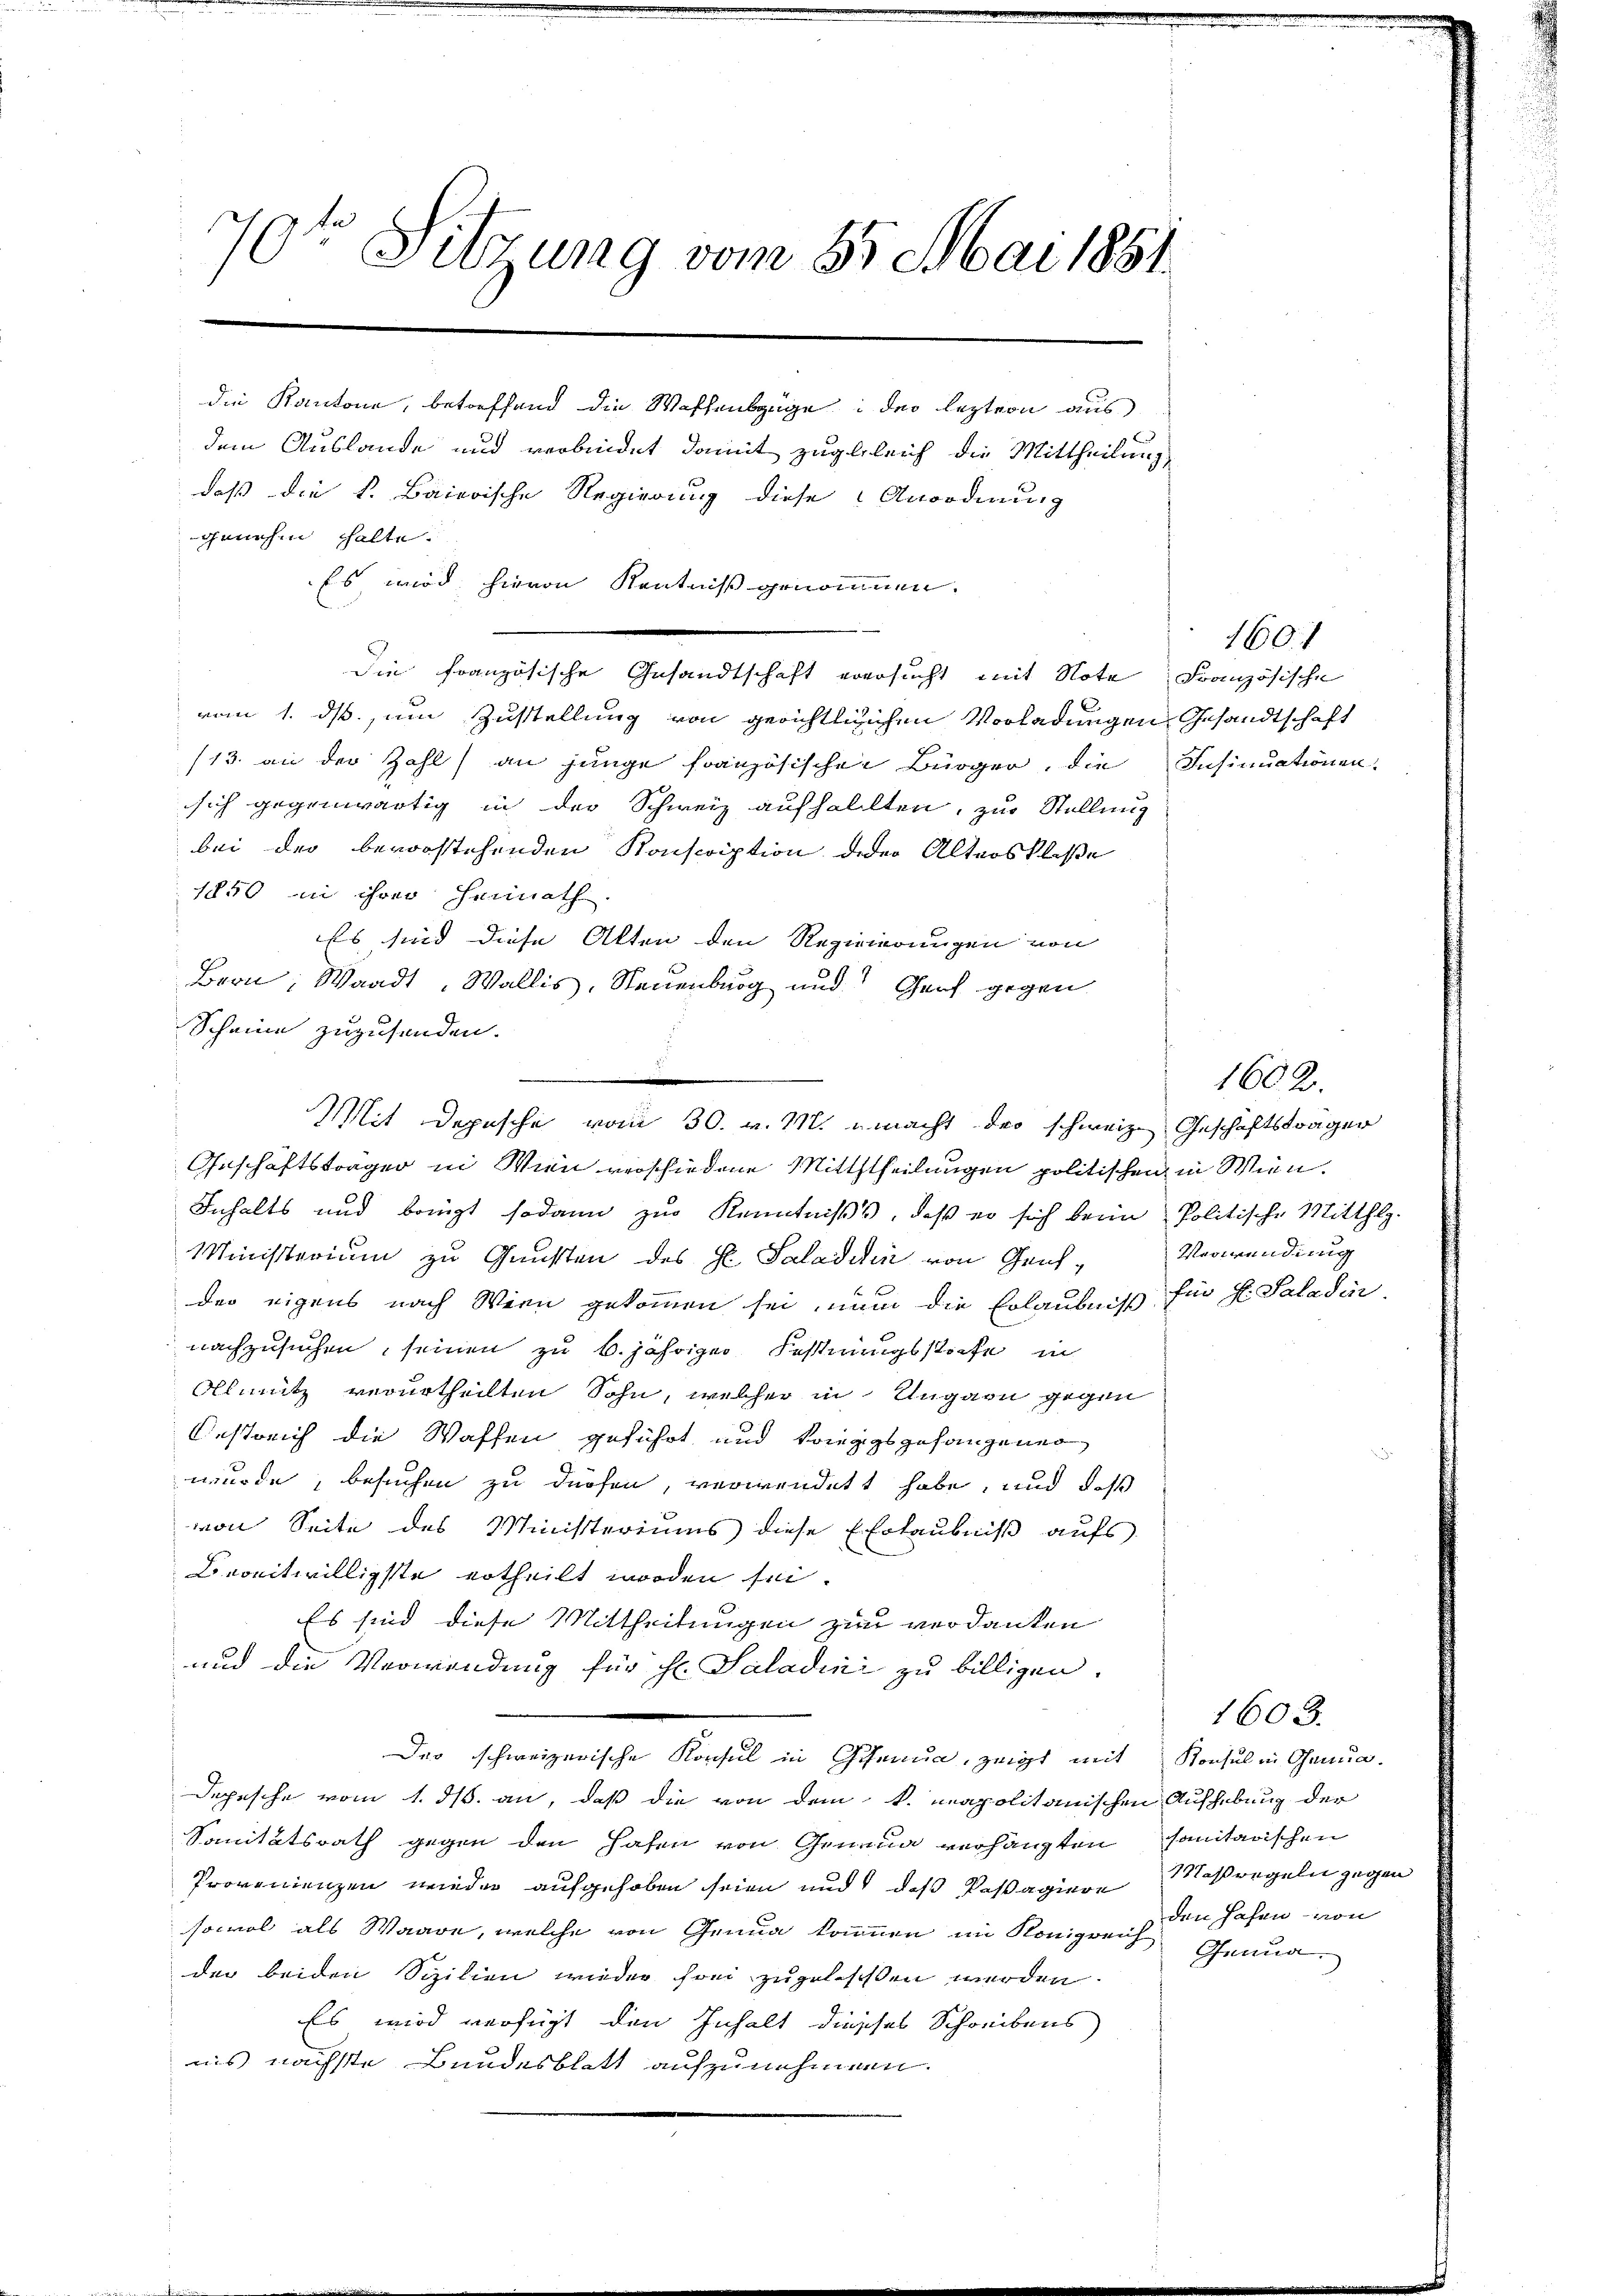
1
10te Sitzung vom 5. Mai 1881

die Kantone, betreffend die Waffenszüge der leztern aus
dem Auslande und verbindet damit zugleich die Mittheilung
daß die k. Baierische Regierung diese Anordnung
genehm halte.
Es wird hievon Kentniß genommen.

vom 1. ds, um Zustellung von gerichtlichen Vorladungen Gesandtschaft
(13. an der Zahl an junge französischen Bürger, die Insinuationen,
sich gegenwärtig in der Schweiz aufhalten, zur Stellung
bei der bevorstehenden Konscription deder Altersklasse
1150 in ihrer Heimath
Es sind diese Alten den Rezipierungen von
Bern, Waadt, Wallis, Neuenburg und Genf gegen
Oeschäftsträger in Wien verschiedene Mitththeilungen politischen in Wien.
Inhalts und bringt sodann zur Kenntniß, daß er sich beim Politische Mitthlg.
Ministerium zu Gunsten des Hl. Saladidin von Gensder eigens nach Wenn gekommen sei, nun die Erlaubniß Ein fl. Saladin.
nachzusuchen, seinen zu B. jähriger Festungsstrafe in
Olmütz verurtheilten Sohn, welcher in Ungarn gegen
Bestrich die Waffen geführt und konzigsgefangener
wurde, besuchen zu dürfen, verwendett habe, und daß
von Seite des Ministeriums diese Erlaubniß aufs
Bereitwilligste ertheilt worden sei.
Es sind diese Mittheilungen zu verdanken
und die Verwendung für hl. Saladini zu billigen.
Der schweizerische Konsul in Genua, zeigt mit Konsul in Genua¬
Depesche vom 1. ds. an, daß die von dem k. apolitanischen Aufhebung der
Sanitätsrath gegen den Hafen von Genua verhängten sanitarischen
Provenienzen wieder aufgehoben seien und daß Passagiere Maßregeln gegen
sowol als Waare, welche von Genua kommen im Königreich Genua
der beiden Sizilien wieder frei zugelesen werden.
Es wird verfügt den Inhalt diesses Schreibens
iis nächste Bundesblatt aufzunehmen.

die Französische Gesandtschaft versucht mit Note Französische

Scheine zuzusenden.
e
n
Mit Depesche vom 30. v. M. macht der schweiz. Geschäftsträger

1601

1602.
Verwendung

1603.
den hohen von